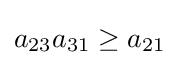
a_{23}a_{31}\geq a_{21}